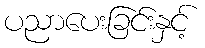
ပညာပေးခြင်းနှင့်